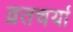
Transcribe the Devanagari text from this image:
व्रतचर्या